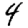
Digit: 4